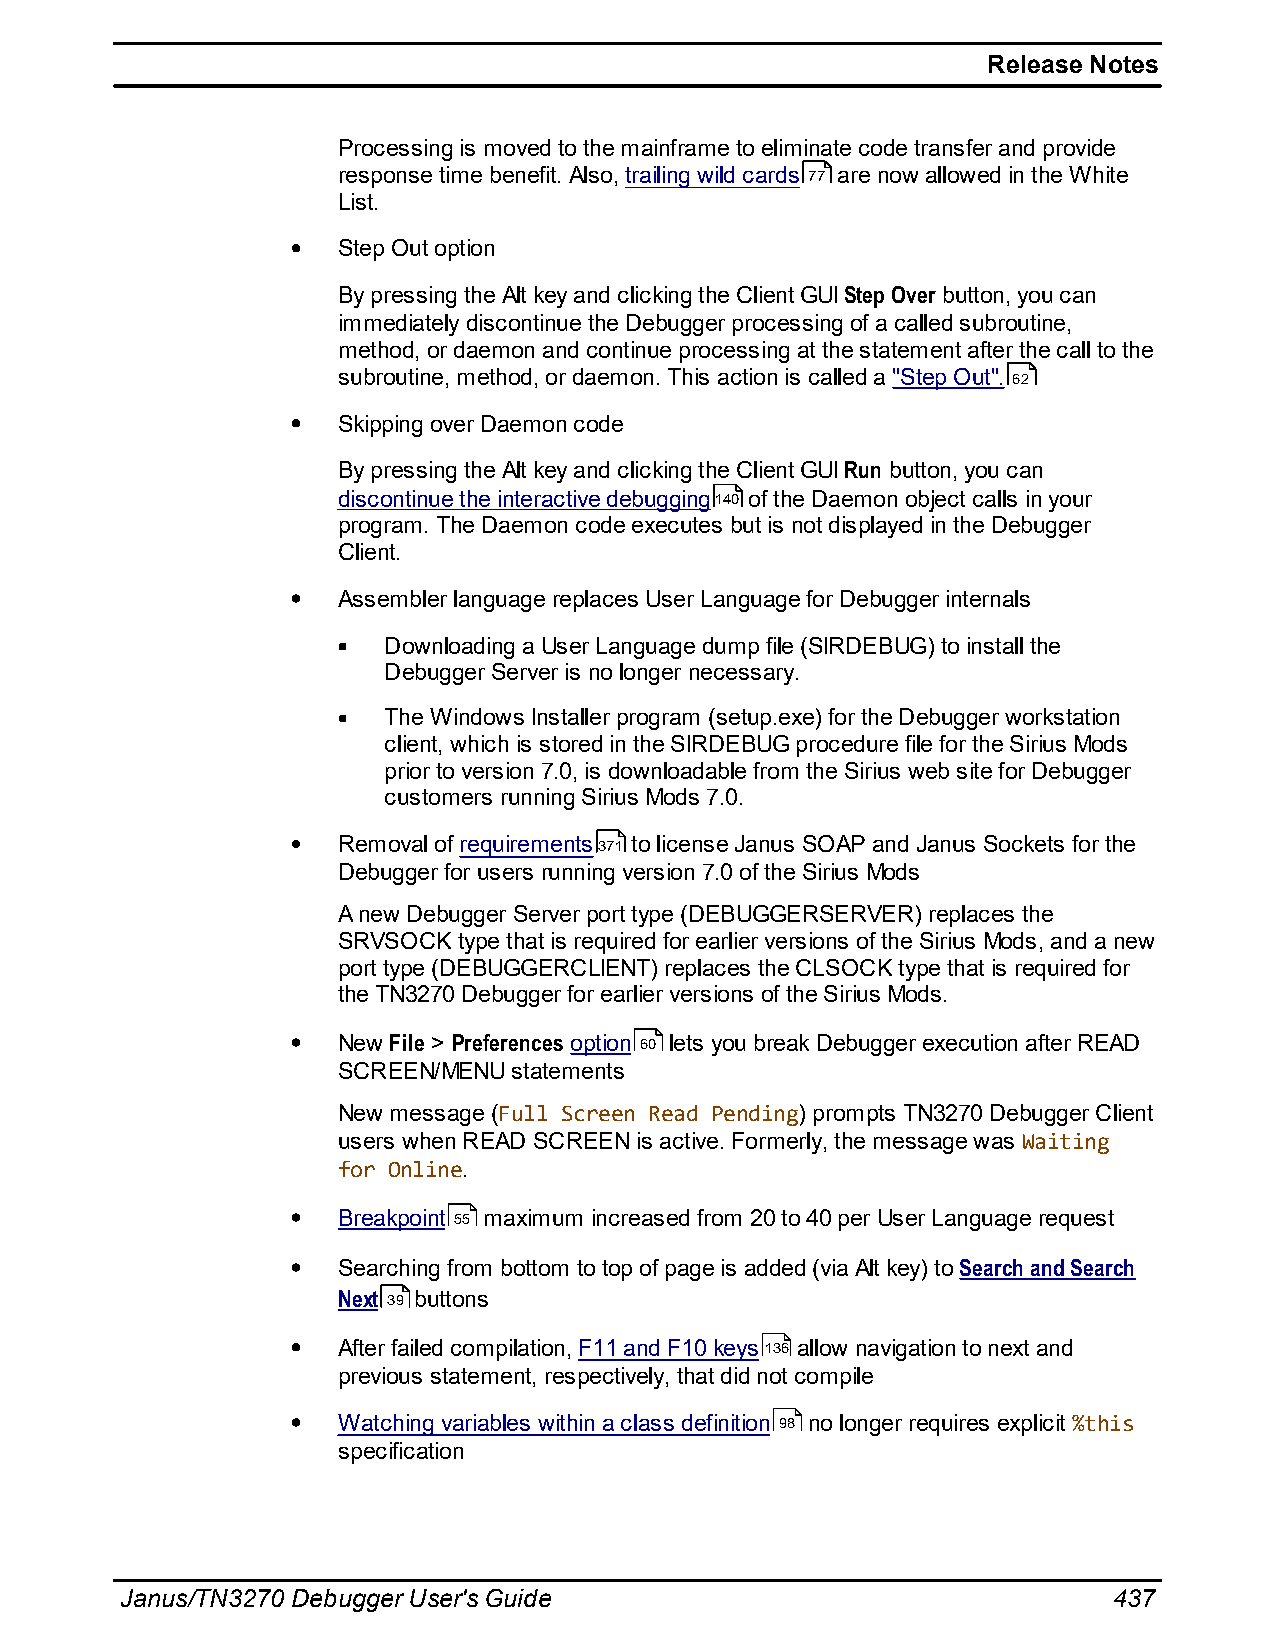
Release Notes
 Processing is moved to the mainframe to eliminate code transfer and provide
 response time benefit. Also, trailing wild cards 77 are now allowed in the White
 List.
 Step Out option
 By pressing the Alt key and clicking the Client GUI Step Over button, you can
 immediately discontinue the Debugger processing of a called subroutine,
 method, or daemon and continue processing at the statement after the call to the
 subroutine, method, or daemon. This action is called a "Step Out". 62
 Skipping over Daemon code
 By pressing the Alt key and clicking the Client GUI Run button, you can
 discontinue the interactive debugging140 of the Daemon object calls in your
 program. The Daemon code executes but is not displayed in the Debugger
 Client.
 Assembler language replaces User Language for Debugger internals
 Downloading a User Language dump file (SIRDEBUG) to install the
 Debugger Server is no longer necessary.
 The Windows Installer program (setup.exe) for the Debugger workstation
 client, which is stored in the SIRDEBUG procedure file for the Sirius Mods
 prior to version 7.0, is downloadable from the Sirius web site for Debugger
 customers running Sirius Mods 7.0.
 Removal of requirements371 to license Janus SOAP and Janus Sockets for the
 Debugger for users running version 7.0 of the Sirius Mods
 A new Debugger Server port type (DEBUGGERSERVER) replaces the
 SRVSOCK type that is required for earlier versions of the Sirius Mods, and a new
 port type (DEBUGGERCLIENT) replaces the CLSOCK type that is required for
 the TN3270 Debugger for earlier versions of the Sirius Mods.
 New File > Preferences option 60 lets you break Debugger execution after READ
 SCREEN/MENU statements
 New message (Full Screen Read Pending) prompts TN3270 Debugger Client
 users when READ SCREEN is active. Formerly, the message was Waiting
 for Online.
 Breakpoint 55 maximum increased from 20 to 40 per User Language request
 Searching from bottom to top of page is added (via Alt key) to Search and Search
 Next 39 buttons
 After failed compilation, F11 and F10 keys136 allow navigation to next and
 previous statement, respectively, that did not compile
 Watching variables within a class definition 98 no longer requires explicit %this
 specification
 Janus/TN3270 Debugger User's Guide                                437